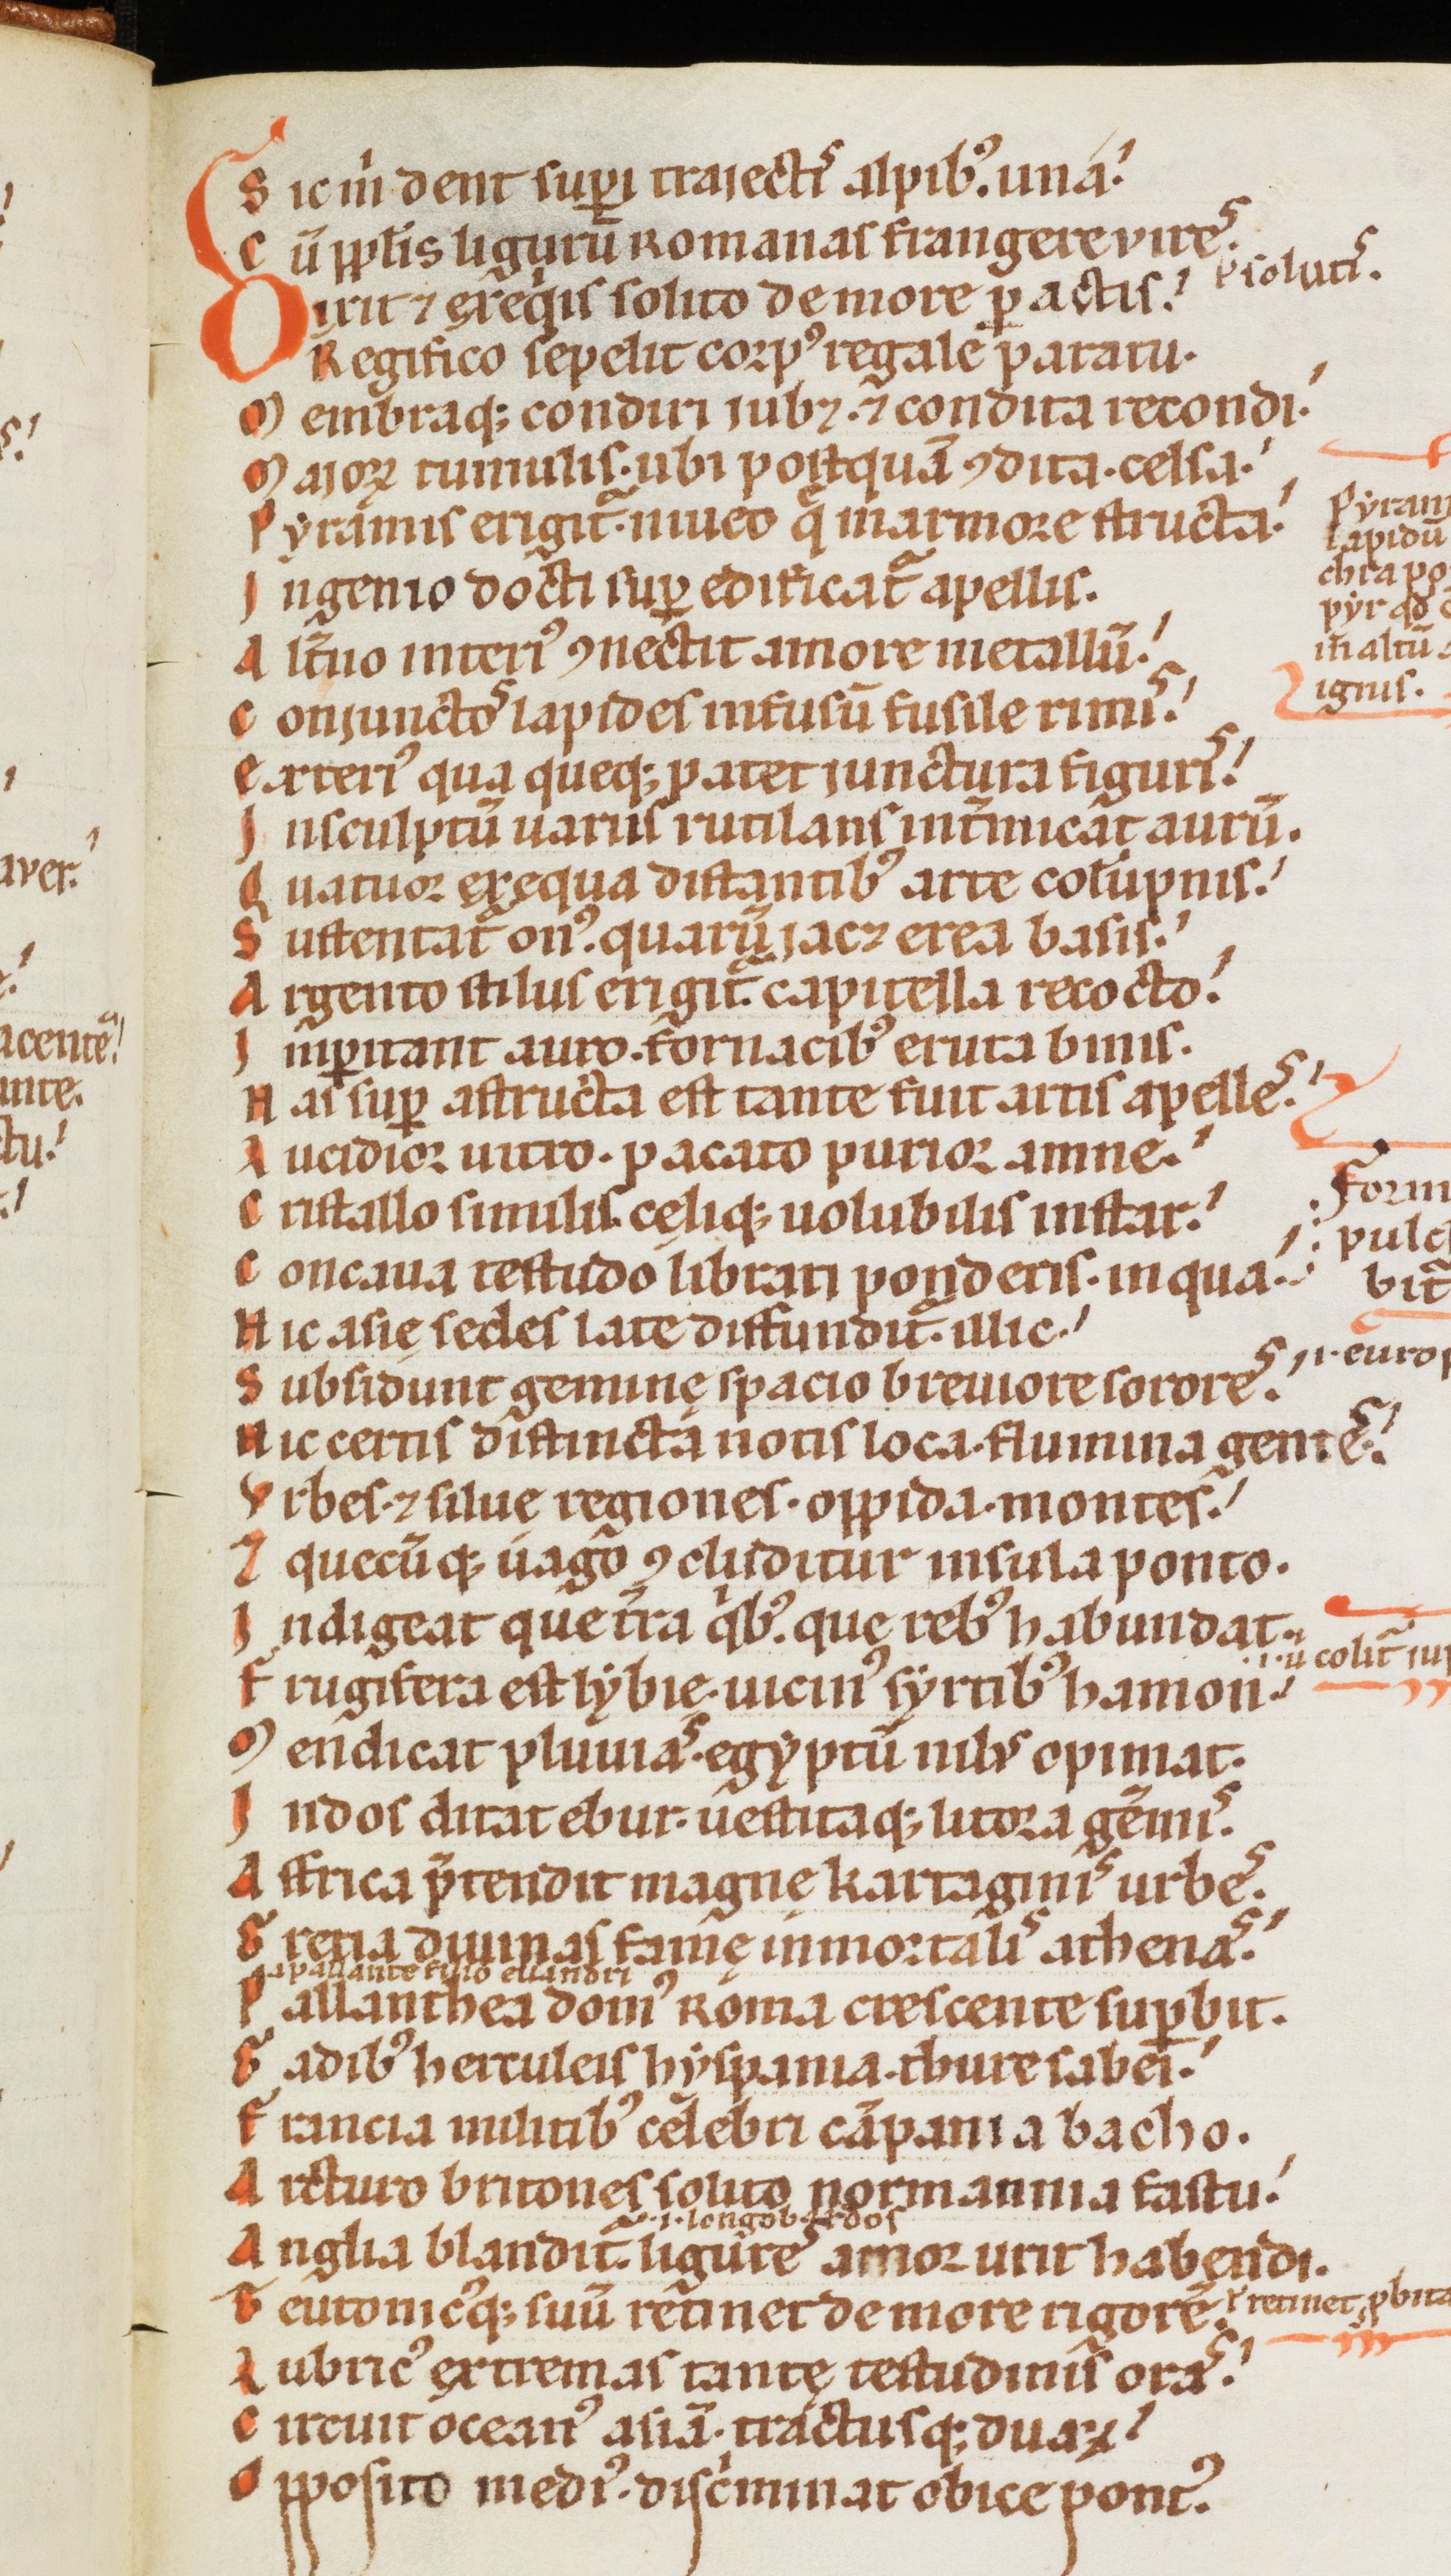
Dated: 1170–1180